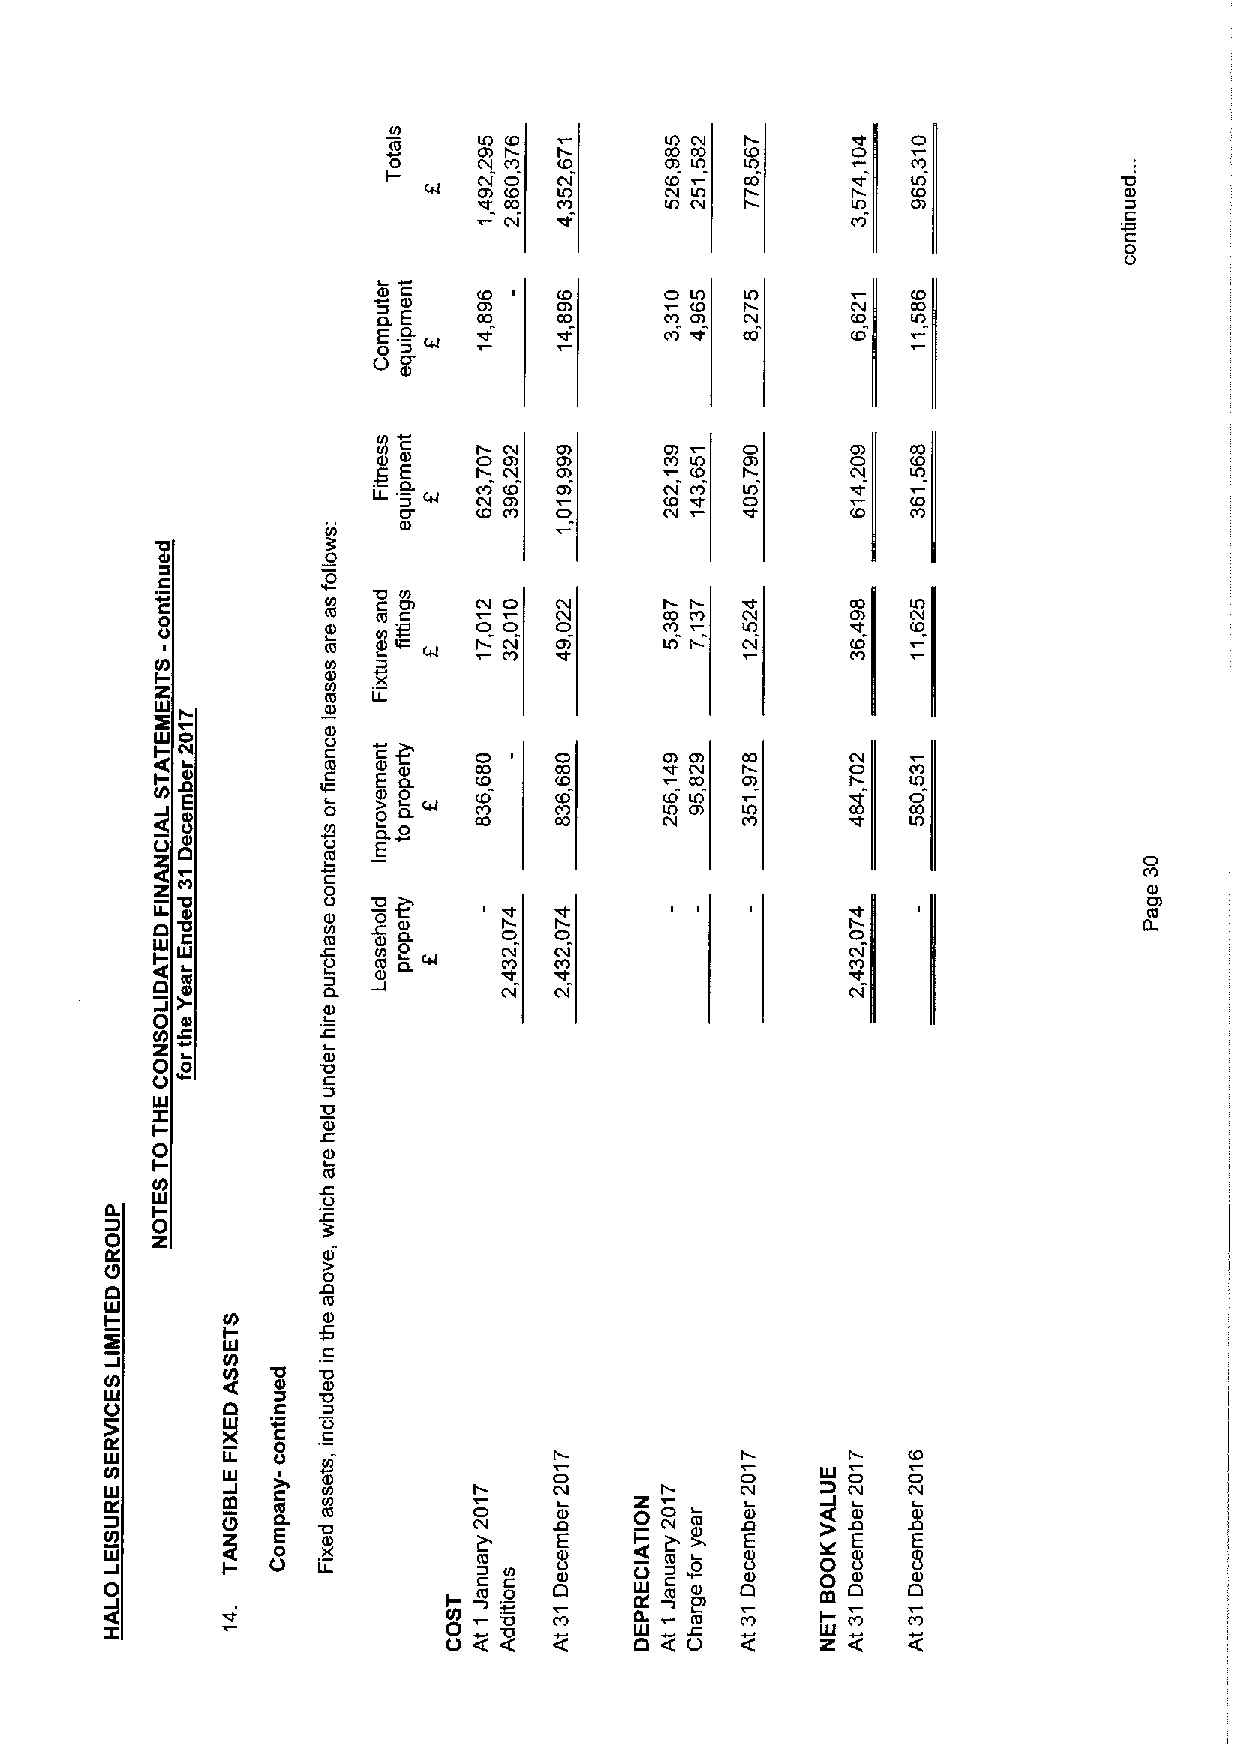
N
 6!    0!          IO CII          CI
 0                 CO CO
 CII CO      OI IO
 CII
 C0 rtII!O
 I CO
 O
 I
 C
 IO
 OI IO
 I
 I
 DA
 O
 f
 1 C3
 f
 C
 Of
 C
 0
 0
 ID L               O lO
 I EL
 &C Ef
 CO
 I0O!
 CII             CO
 O g
 5
 g     IO C Dl ff  Of
 IO
 CI     O Cf
 I
 g E    I Df          CO I      CC
 CL
 CII
 I0O!       C IOII CO l CO
 I
 ID CO       DI          IO
 N
 0
 0
 C
 C           N        CII O                        IO
 0 0         I C GD f
 f
 I 5D IC
 N CIJ
 O O
 Of
 I CO
 I
 C IO
 VI-l        N
 z           ID
 N
 ID
 IU I        Q
 o
 UJ          G0l
 DI        C        O            0! Of       III
 I N- I     I CD
 E ) C0L
 C CO
 O
 P COl     C ff
 E            Cf I0. CD          I IOD I CO
 D
 8             0    CO
 CL
 E
 CI                                                              CI
 C                                                      C 0I!
 0        8   '0 g                                               Df
 0
 IU UC
 J
 N I
 0C Dl C0
 C Nf    C ClI C CII
 I
 O
 CII
 CI LD
 I            CD      Cn
 ID
 O
 CL          CV  CC                 Df
 0          ID
 CzO
 0 0        1D3f
 O          C
 ZlU        13
 I-
 Cf
 0
 I-         Cf
 ID
 Vl
 0
 lU
 IL 0
 0
 Z
 Cf
 0
 CO
 CI
 UI-J
 N
 I 0D
 I-
 X
 lU    C
 N
 CO 0  13
 CO            Gf
 lU      0
 O          C
 5
 C!
 g     C
 IU      CL
 N                             O
 IU      5     D N Nf               Z      CII    III CII
 CD
 O
 I C ED L 'I fD0D
 lf
 O CII Q
 E
 I- O CII CI ED l
 ~08E  E
 I 0U    I- O  IL
 C
 N
 C 0
 0D0 Cff O
 UI
 SID
 0
 O8   00    8
 ID            DI      Ql
 C0O              m             CIf
 I0Uc(O      2
 O cC Z                     &